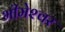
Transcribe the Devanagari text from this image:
भीमेश्‍वर